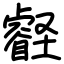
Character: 壡